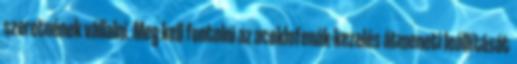
szeretnének vállalni. Meg kell fontolni az aceklofenák-kezelés átmeneti leállítását